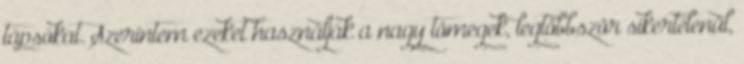
tápsókat. Szerintem ezeket használják a nagy tömegek, legtöbbször sikertelenül,